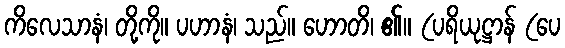
ကိလေသာနံ၊ တို့ကို။ ပဟာနံ၊ သည်။ ဟောတိ၊ ၏။ (ပရိယုဋ္ဌာန် (ပေ